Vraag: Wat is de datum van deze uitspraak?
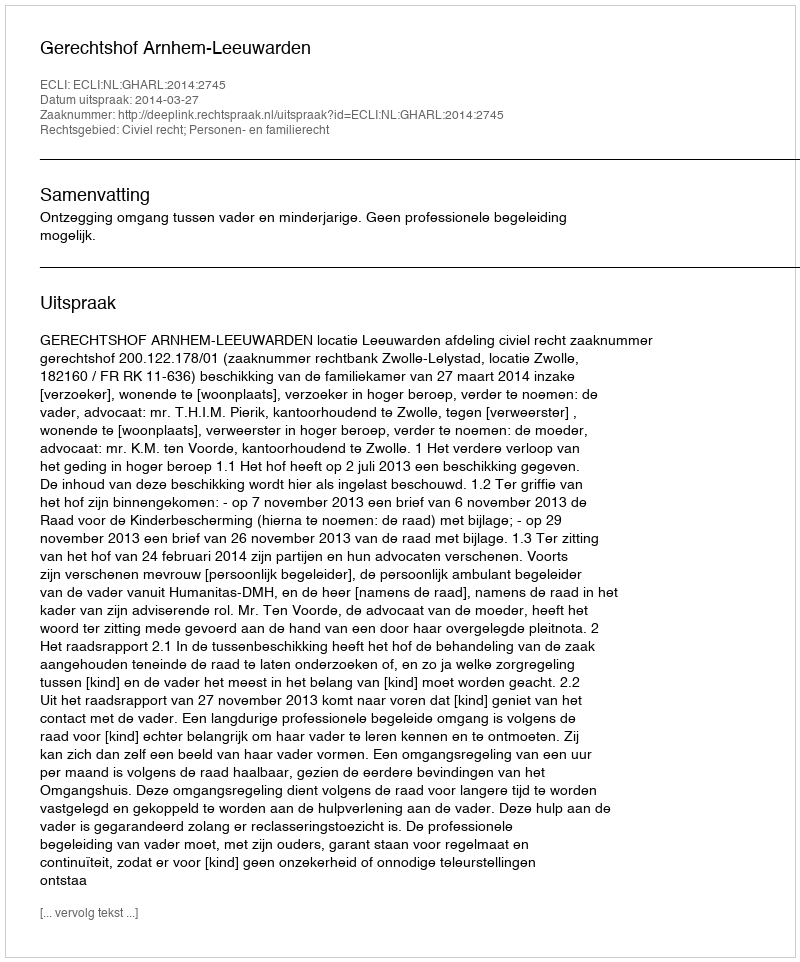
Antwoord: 2014-03-27